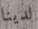
لدينا